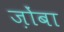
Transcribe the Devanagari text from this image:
ज़ोंबा